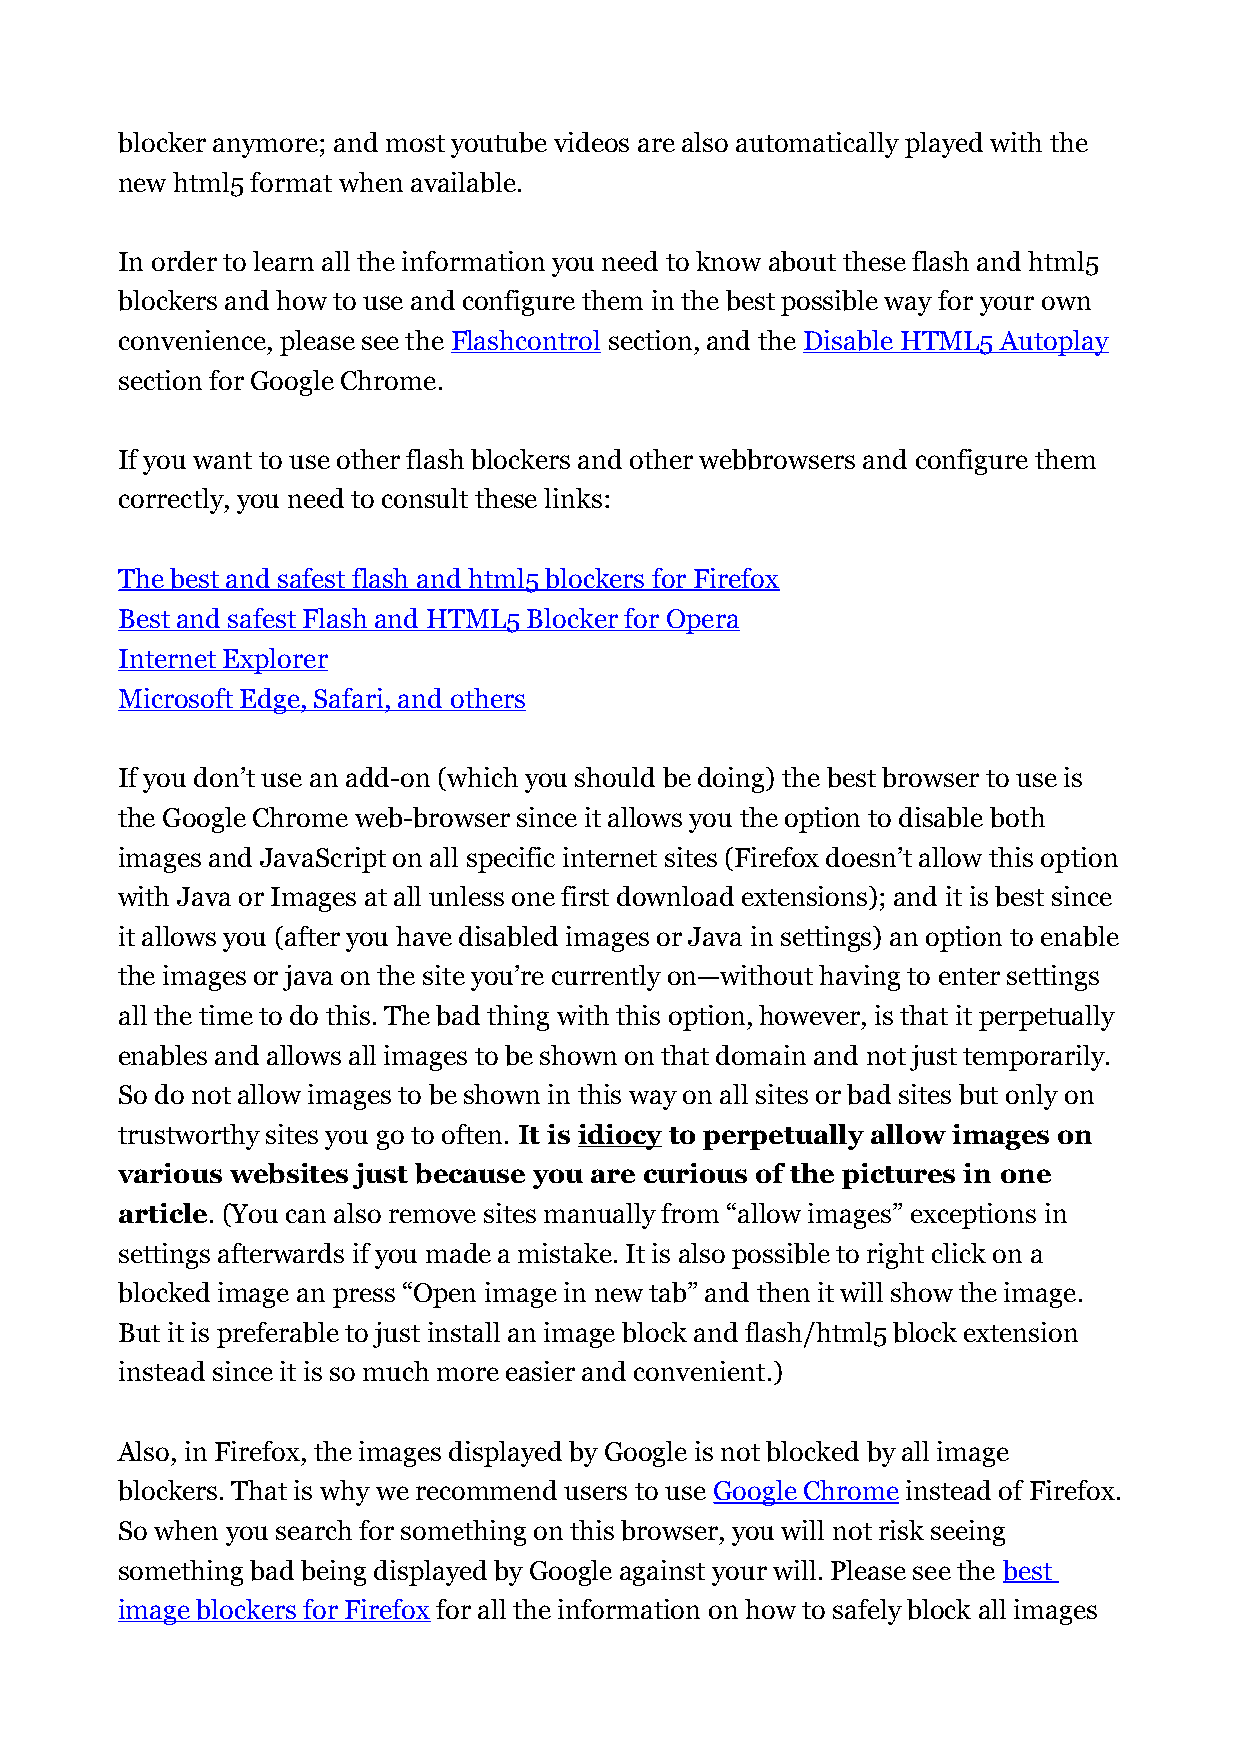
blocker anymore; and most youtube videos are also automatically played with the
 new html5 format when available.
 In order to learn all the information you need to know about these flash and html5
 blockers and how to use and configure them in the best possible way for your own
 convenience, please see the Flashcontrol section, and the Disable HTML5 Autoplay
 section for Google Chrome.
 If you want to use other flash blockers and other webbrowsers and configure them
 correctly, you need to consult these links:
 The best and safest flash and html5 blockers for Firefox
 Best and safest Flash and HTML5 Blocker for Opera
 Internet Explorer
 Microsoft Edge, Safari, and others
 If you don’t use an add-on (which you should be doing) the best browser to use is
 the Google Chrome web-browser since it allows you the option to disable both
 images and JavaScript on all specific internet sites (Firefox doesn’t allow this option
 with Java or Images at all unless one first download extensions); and it is best since
 it allows you (after you have disabled images or Java in settings) an option to enable
 the images or java on the site you’re currently on—without having to enter settings
 all the time to do this. The bad thing with this option, however, is that it perpetually
 enables and allows all images to be shown on that domain and not just temporarily.
 So do not allow images to be shown in this way on all sites or bad sites but only on
 trustworthy sites you go to often. It is idiocy to perpetually allow images on
 various websites just because you are curious of the pictures in one
 article. (You can also remove sites manually from “allow images” exceptions in
 settings afterwards if you made a mistake. It is also possible to right click on a
 blocked image an press “Open image in new tab” and then it will show the image.
 But it is preferable to just install an image block and flash/html5 block extension
 instead since it is so much more easier and convenient.)
 Also, in Firefox, the images displayed by Google is not blocked by all image
 blockers. That is why we recommend users to use Google Chrome instead of Firefox.
 So when you search for something on this browser, you will not risk seeing
 something bad being displayed by Google against your will. Please see the best
 image blockers for Firefox for all the information on how to safely block all images